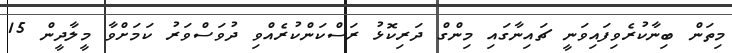
މިތަން ބިނާކުރެވިފައިވަނީ ޗައިނާގައި މިންގް ދަރިކޮޅު ރަސްކަންކުރެއްވި ދުވަސްވަރު ކަމަށްވާ މީލާދީން 15